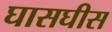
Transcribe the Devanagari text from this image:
घासघीस